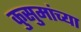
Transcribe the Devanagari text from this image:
कुसुमांच्या